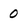
Character: 0